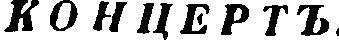
КОНЦЕРТЪ